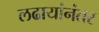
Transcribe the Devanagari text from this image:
लढायांनंतर